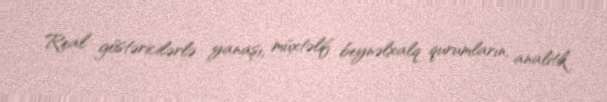
Real göstəricilərlə yanaşı, müxtəlif beynəlxalq qurumların, analitik